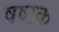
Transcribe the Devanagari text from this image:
षष्ठक